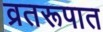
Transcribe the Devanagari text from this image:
व्रतरूपात